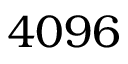
4 0 9 6